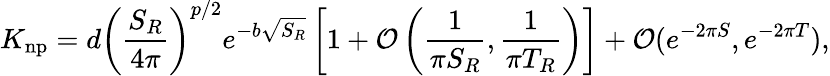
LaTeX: K_{\mathrm{np}}=d\left(\frac{S_{R}}{4\pi}\right)^{p/2}e^{-b\sqrt{S_{R}}}\left[1+{\cal O}\left(\frac{1}{\pi S_{R}},\frac{1}{\pi T_{R}}\right)\right]+{\cal O}(e^{-2\pi S},e^{-2\pi T}),